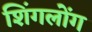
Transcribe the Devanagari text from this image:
शिंगलोंग